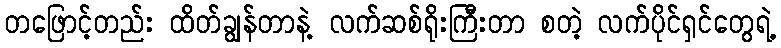
တဖြောင့်တည်း ထိတ်ချွန်တာနဲ့ လက်ဆစ်ရိုးကြီးတာ စတဲ့ လက်ပိုင်ရှင်တွေရဲ့